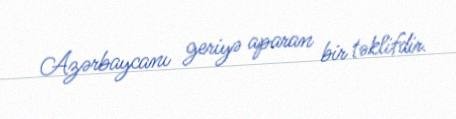
Azərbaycanı geriyə aparan bir təklifdir.